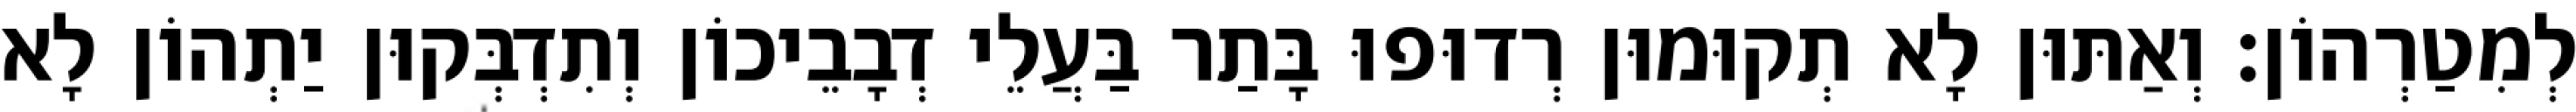
לְמִטַרְהוֹן׃ וְאַתּוּן לָא תְקוּמוּן רְדוּפוּ בָּתַר בַּעֲלֵי דְבָבֵיכוֹן וְתִדְבְּקוּן יַתְהוֹן לָא